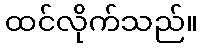
ထင်လိုက်သည်။